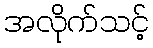
အလိုက်သင့်